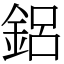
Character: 鋁